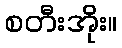
စတီးအိုး။